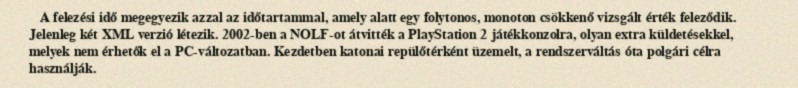
A felezési idő megegyezik azzal az időtartammal, amely alatt egy folytonos, monoton csökkenő vizsgált érték feleződik. Jelenleg két XML verzió létezik. 2002-ben a NOLF-ot átvitték a PlayStation 2 játékkonzolra, olyan extra küldetésekkel, melyek nem érhetők el a PC-változatban. Kezdetben katonai repülőtérként üzemelt, a rendszerváltás óta polgári célra használják.